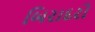
બિરાદરો